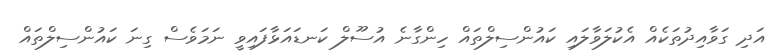
އަދި ގަވާއިދުތަކެއް އެކުލަވާލައި ކައުންސިލްތައް ހިންގާނެ އުސޫލް ކަނޑައަޅާފައިވީ ނަމަވެސް ގިނަ ކައުންސިލްތައް